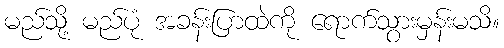
မည်သို့ မည်ပုံ အခန်းပြာထဲကို ရောက်သွားမှန်းမသိ။